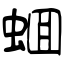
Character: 蜖